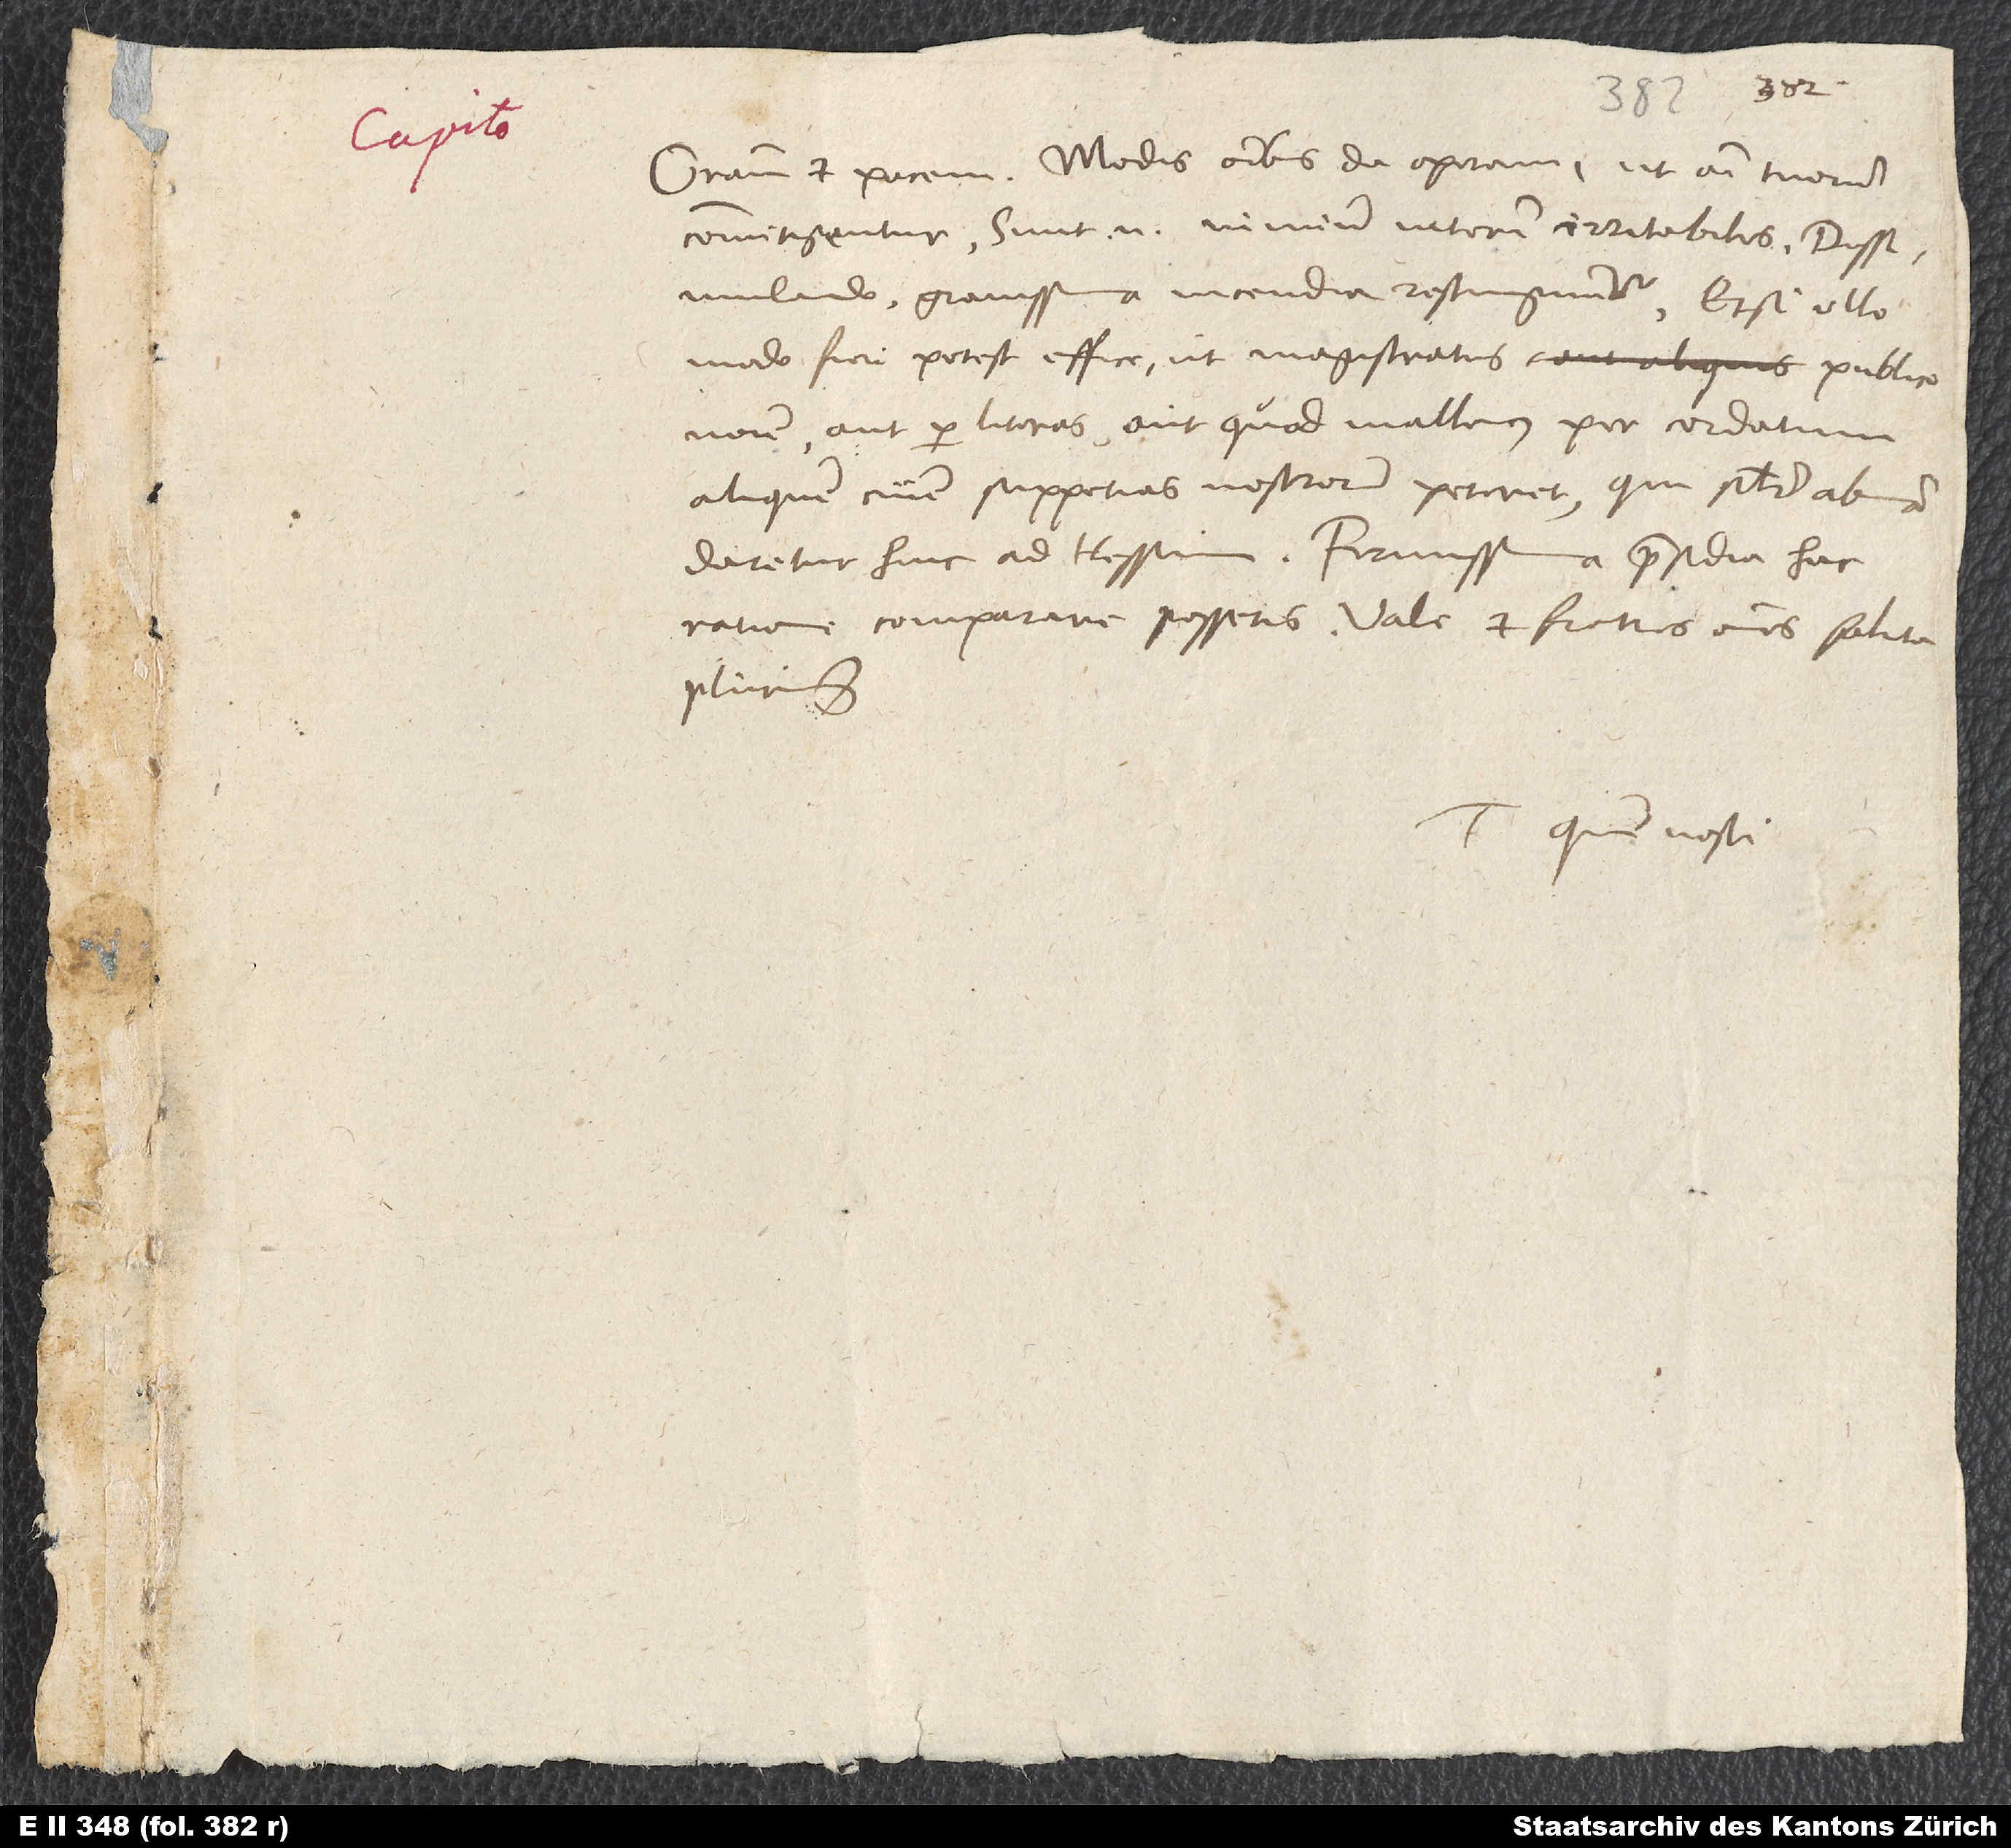
Gratiam et pacem. Modis omnibus da operam, ut animi tuorum
commitigentur. Sunt enim nimium interim irritabiles. Dissimulando
gravissima incendia restinguuntur. Et si ullo
modo fieri potest, effice, ut magistratus publico
nomine aut per literas aut, quod mallemus, per cordatum
aliquem civem suppetias nostrorum peteret, qui similiter abmandaretur
hinc ad Hessum. Firmissima praesidia hac
ratione comparare possetis. Vale et fratres omnes saluta
plurimum.
Tuus, quem nosti.